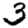
Digit: 3